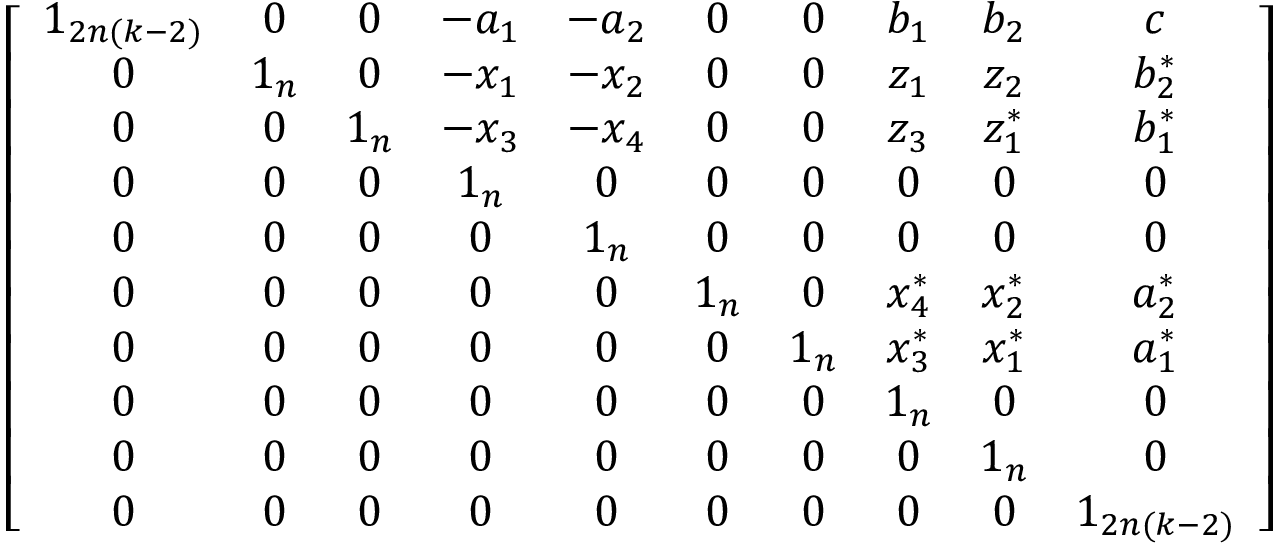
\left[ \begin{array} { c c c c c c c c c c } { 1 _ { 2 n ( k - 2 ) } } & { 0 } & { 0 } & { - a _ { 1 } } & { - a _ { 2 } } & { 0 } & { 0 } & { b _ { 1 } } & { b _ { 2 } } & { c } \\ { 0 } & { 1 _ { n } } & { 0 } & { - x _ { 1 } } & { - x _ { 2 } } & { 0 } & { 0 } & { z _ { 1 } } & { z _ { 2 } } & { b _ { 2 } ^ { \ast } } \\ { 0 } & { 0 } & { 1 _ { n } } & { - x _ { 3 } } & { - x _ { 4 } } & { 0 } & { 0 } & { z _ { 3 } } & { z _ { 1 } ^ { \ast } } & { b _ { 1 } ^ { \ast } } \\ { 0 } & { 0 } & { 0 } & { 1 _ { n } } & { 0 } & { 0 } & { 0 } & { 0 } & { 0 } & { 0 } \\ { 0 } & { 0 } & { 0 } & { 0 } & { 1 _ { n } } & { 0 } & { 0 } & { 0 } & { 0 } & { 0 } \\ { 0 } & { 0 } & { 0 } & { 0 } & { 0 } & { 1 _ { n } } & { 0 } & { x _ { 4 } ^ { \ast } } & { x _ { 2 } ^ { \ast } } & { a _ { 2 } ^ { \ast } } \\ { 0 } & { 0 } & { 0 } & { 0 } & { 0 } & { 0 } & { 1 _ { n } } & { x _ { 3 } ^ { \ast } } & { x _ { 1 } ^ { \ast } } & { a _ { 1 } ^ { \ast } } \\ { 0 } & { 0 } & { 0 } & { 0 } & { 0 } & { 0 } & { 0 } & { 1 _ { n } } & { 0 } & { 0 } \\ { 0 } & { 0 } & { 0 } & { 0 } & { 0 } & { 0 } & { 0 } & { 0 } & { 1 _ { n } } & { 0 } \\ { 0 } & { 0 } & { 0 } & { 0 } & { 0 } & { 0 } & { 0 } & { 0 } & { 0 } & { 1 _ { 2 n ( k - 2 ) } } \end{array} \right]